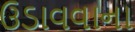
ઉડાવવાના